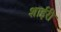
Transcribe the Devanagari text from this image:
शाईरी